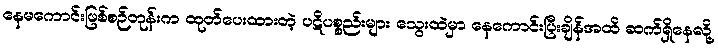
နေမကောင်းဖြစ်စဉ်တုန်းက ထုတ်ပေးထားတဲ့ ပဋိပစ္စည်းများ သွေးထဲမှာ နေကောင်းပြီးချိန်အထိ ဆက်ရှိနေလို့